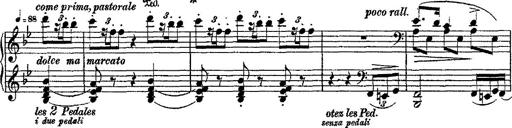
Title: Fantaisie romantique sur deux mÃ©lodies suisses
Composer: Franz Liszt